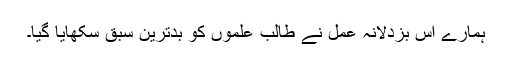
ہمارے اس بزدلانہ عمل نے طالبِ علموں کو بدترین سبق سکھایا گیا۔